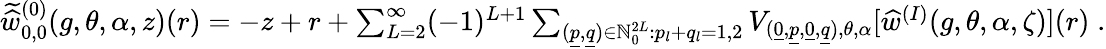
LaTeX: \begin{array}{r}{\widetilde{\widehat{w}}_{0,0}^{(0)}(g,\theta,\alpha,z)(r)=-z+r+\sum_{L=2}^{\infty}(-1)^{L+1}\sum_{(\underline{{p}},\underline{{q}})\in{\mathord{\mathbb N}}_{0}^{2L}:p_{l}+q_{l}=1,2}V_{(\underline{{0}},\underline{{p}},\underline{{0}},\underline{{q}}),\theta,\alpha}[\widehat{w}^{(I)}(g,\theta,\alpha,\zeta)](r)\; .}\end{array}